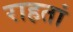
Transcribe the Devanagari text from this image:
राहतां